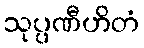
သုပ္ပဏီဟိတံ